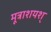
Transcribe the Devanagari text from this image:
मूत्राशयश्